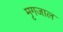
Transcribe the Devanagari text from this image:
मृगजाल